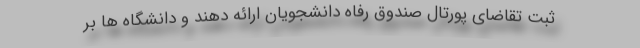
ثبت تقاضای پورتال صندوق رفاه دانشجویان ارائه دهند و دانشگاه ها بر